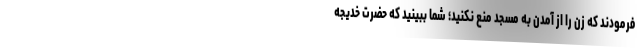
فرمودند که زن را از آمدن به مسجد منع نکنید؛ شما ببینید که حضرت خدیجه